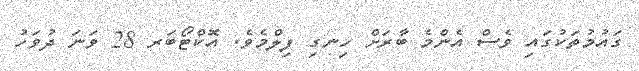
ގައުމުތަކުގައި ވެސް އެންމެ ބާރަށް ހިނގި ފިލްމެވެ. އޮކްޓޯބަރ 28 ވަނަ ދުވަހު